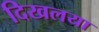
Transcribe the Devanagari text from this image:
दिखलया